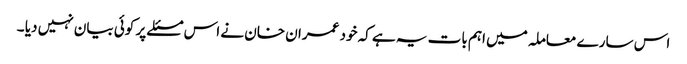
اس سارے معاملہ میں اہم بات یہ ہے کہ خود عمران خان نے اس مسئلے پر کوئی بیان نہیں دیا ۔